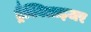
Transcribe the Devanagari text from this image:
ट्रैक्विलाइजर